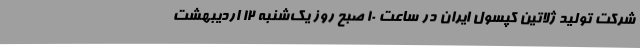
شرکت تولید ژلاتین کپسول ایران در ساعت ۱۰ صبح روز یک‌شنبه 12 اردیبهشت